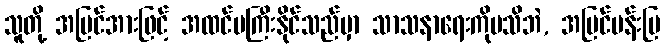
သူတို့ အမြင်အားဖြင့် အထင်မကြီးနိုင်သည်မှာ သာသနာရေးကိုမသိဘဲ, အပြင်ပန်းပြ